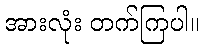
အားလုံး တက်ကြပါ။